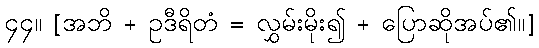
၄၄။ [အဘိ + ဥဒီရိတံ = လွှမ်းမိုး၍ + ပြောဆိုအပ်၏။]